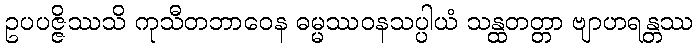
ဥပပဇ္ဇိဿသိ ကုသီတဘာဝေန ဓမ္မဿဝနသပ္ပါယံ သန္ထတတ္တာ ဗျာဟရန္တဿ